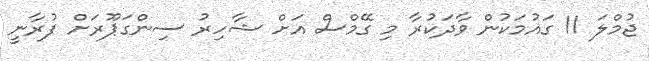
ޖުމްލަ 11 ގައުމަކުން ވާދަކުރާ މި ގޭމްސް އަށް ޝާހިރު ސިންގަޕޫރަށް ފުރާނީ